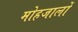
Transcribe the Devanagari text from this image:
मोहजालों